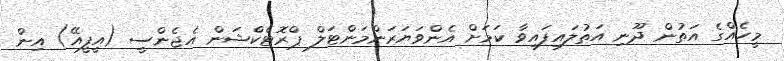
މީހެއްގެ އަތުން ދޫނި އަތުލައިފައިވާ ކަމަށް އެންވަޔަރަންމަންޓަލް ޕްރޮޓެކްޝަން އެޖެންސީ (އީފީއޭ) އިން